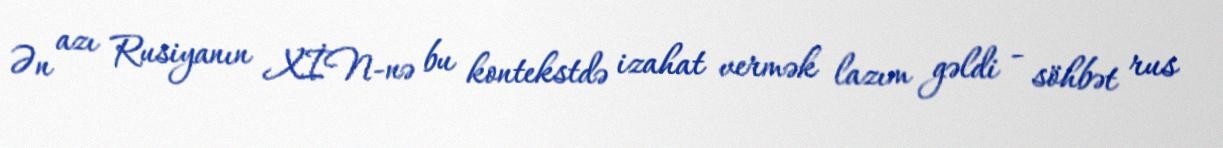
Ən azı Rusiyanın XİN-nə bu kontekstdə izahat vermək lazım gəldi - söhbət rus